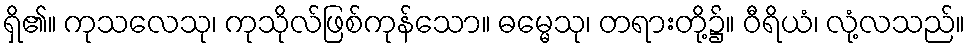
ရှိ၏။ ကုသလေသု၊ ကုသိုလ်ဖြစ်ကုန်သော။ ဓမ္မေသု၊ တရားတို့၌။ ဝီရိယံ၊ လုံ့လသည်။